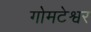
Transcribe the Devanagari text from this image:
गोमटेश्वर